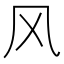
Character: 风